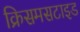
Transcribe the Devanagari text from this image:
क्रिसमसटाइड